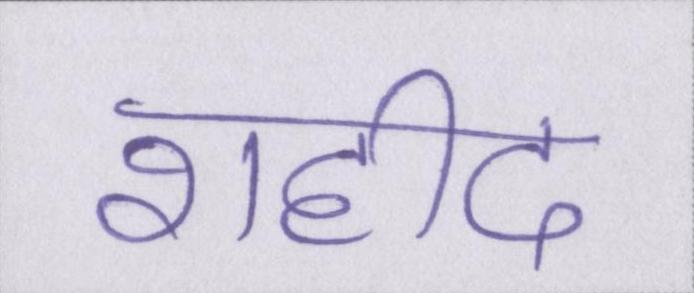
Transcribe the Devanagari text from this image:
शहीद